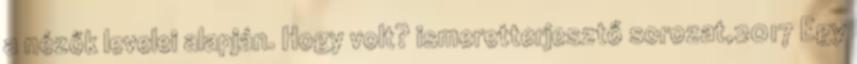
a nézők levelei alapján. Hogy volt? ismeretterjesztő sorozat,2017 Egy